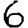
Digit: 6